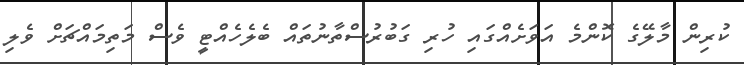
ކުރިން މާލޭގެ ކޮންމެ އަވަށެއްގައި ހުރި ގަބުރުސްތާނުތައް ބެލެހެއްޓީ ވެސް މަތިމައްޗަށް ވެލި